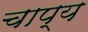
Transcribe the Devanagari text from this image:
चाप्य